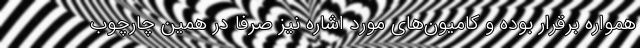
همواره برقرار بوده و کامیون‌های مورد اشاره نیز صرفا در همین چارچوب